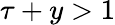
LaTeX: \tau+y>1